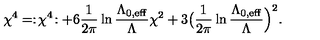
\chi ^ { 4 } = : \! \chi ^ { 4 } \! : + 6 { \frac { 1 } { 2 \pi } } \ln { \frac { \Lambda _ { 0 , \mathrm { e f f } } } { \Lambda } } \chi ^ { 2 } + 3 \bigl ( { \frac { 1 } { 2 \pi } } \ln { \frac { \Lambda _ { 0 , \mathrm { e f f } } } { \Lambda } } \Bigr ) ^ { 2 } .